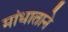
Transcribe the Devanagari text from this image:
मांधाताने